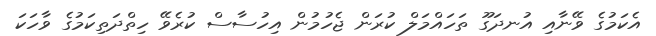
އެކަމުގެ ވޭނާއި އުނދަގޫ ތަހައްމަލް ކުރަން ޖެހުމުން އިހުސާސް ކުރެވޭ ހިތްދަތިކަމުގެ ވާހަކަ